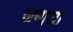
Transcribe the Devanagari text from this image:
जनाजा